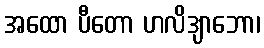
အထော ပီတော ဟလိဒျာဘော၊